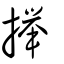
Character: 攑